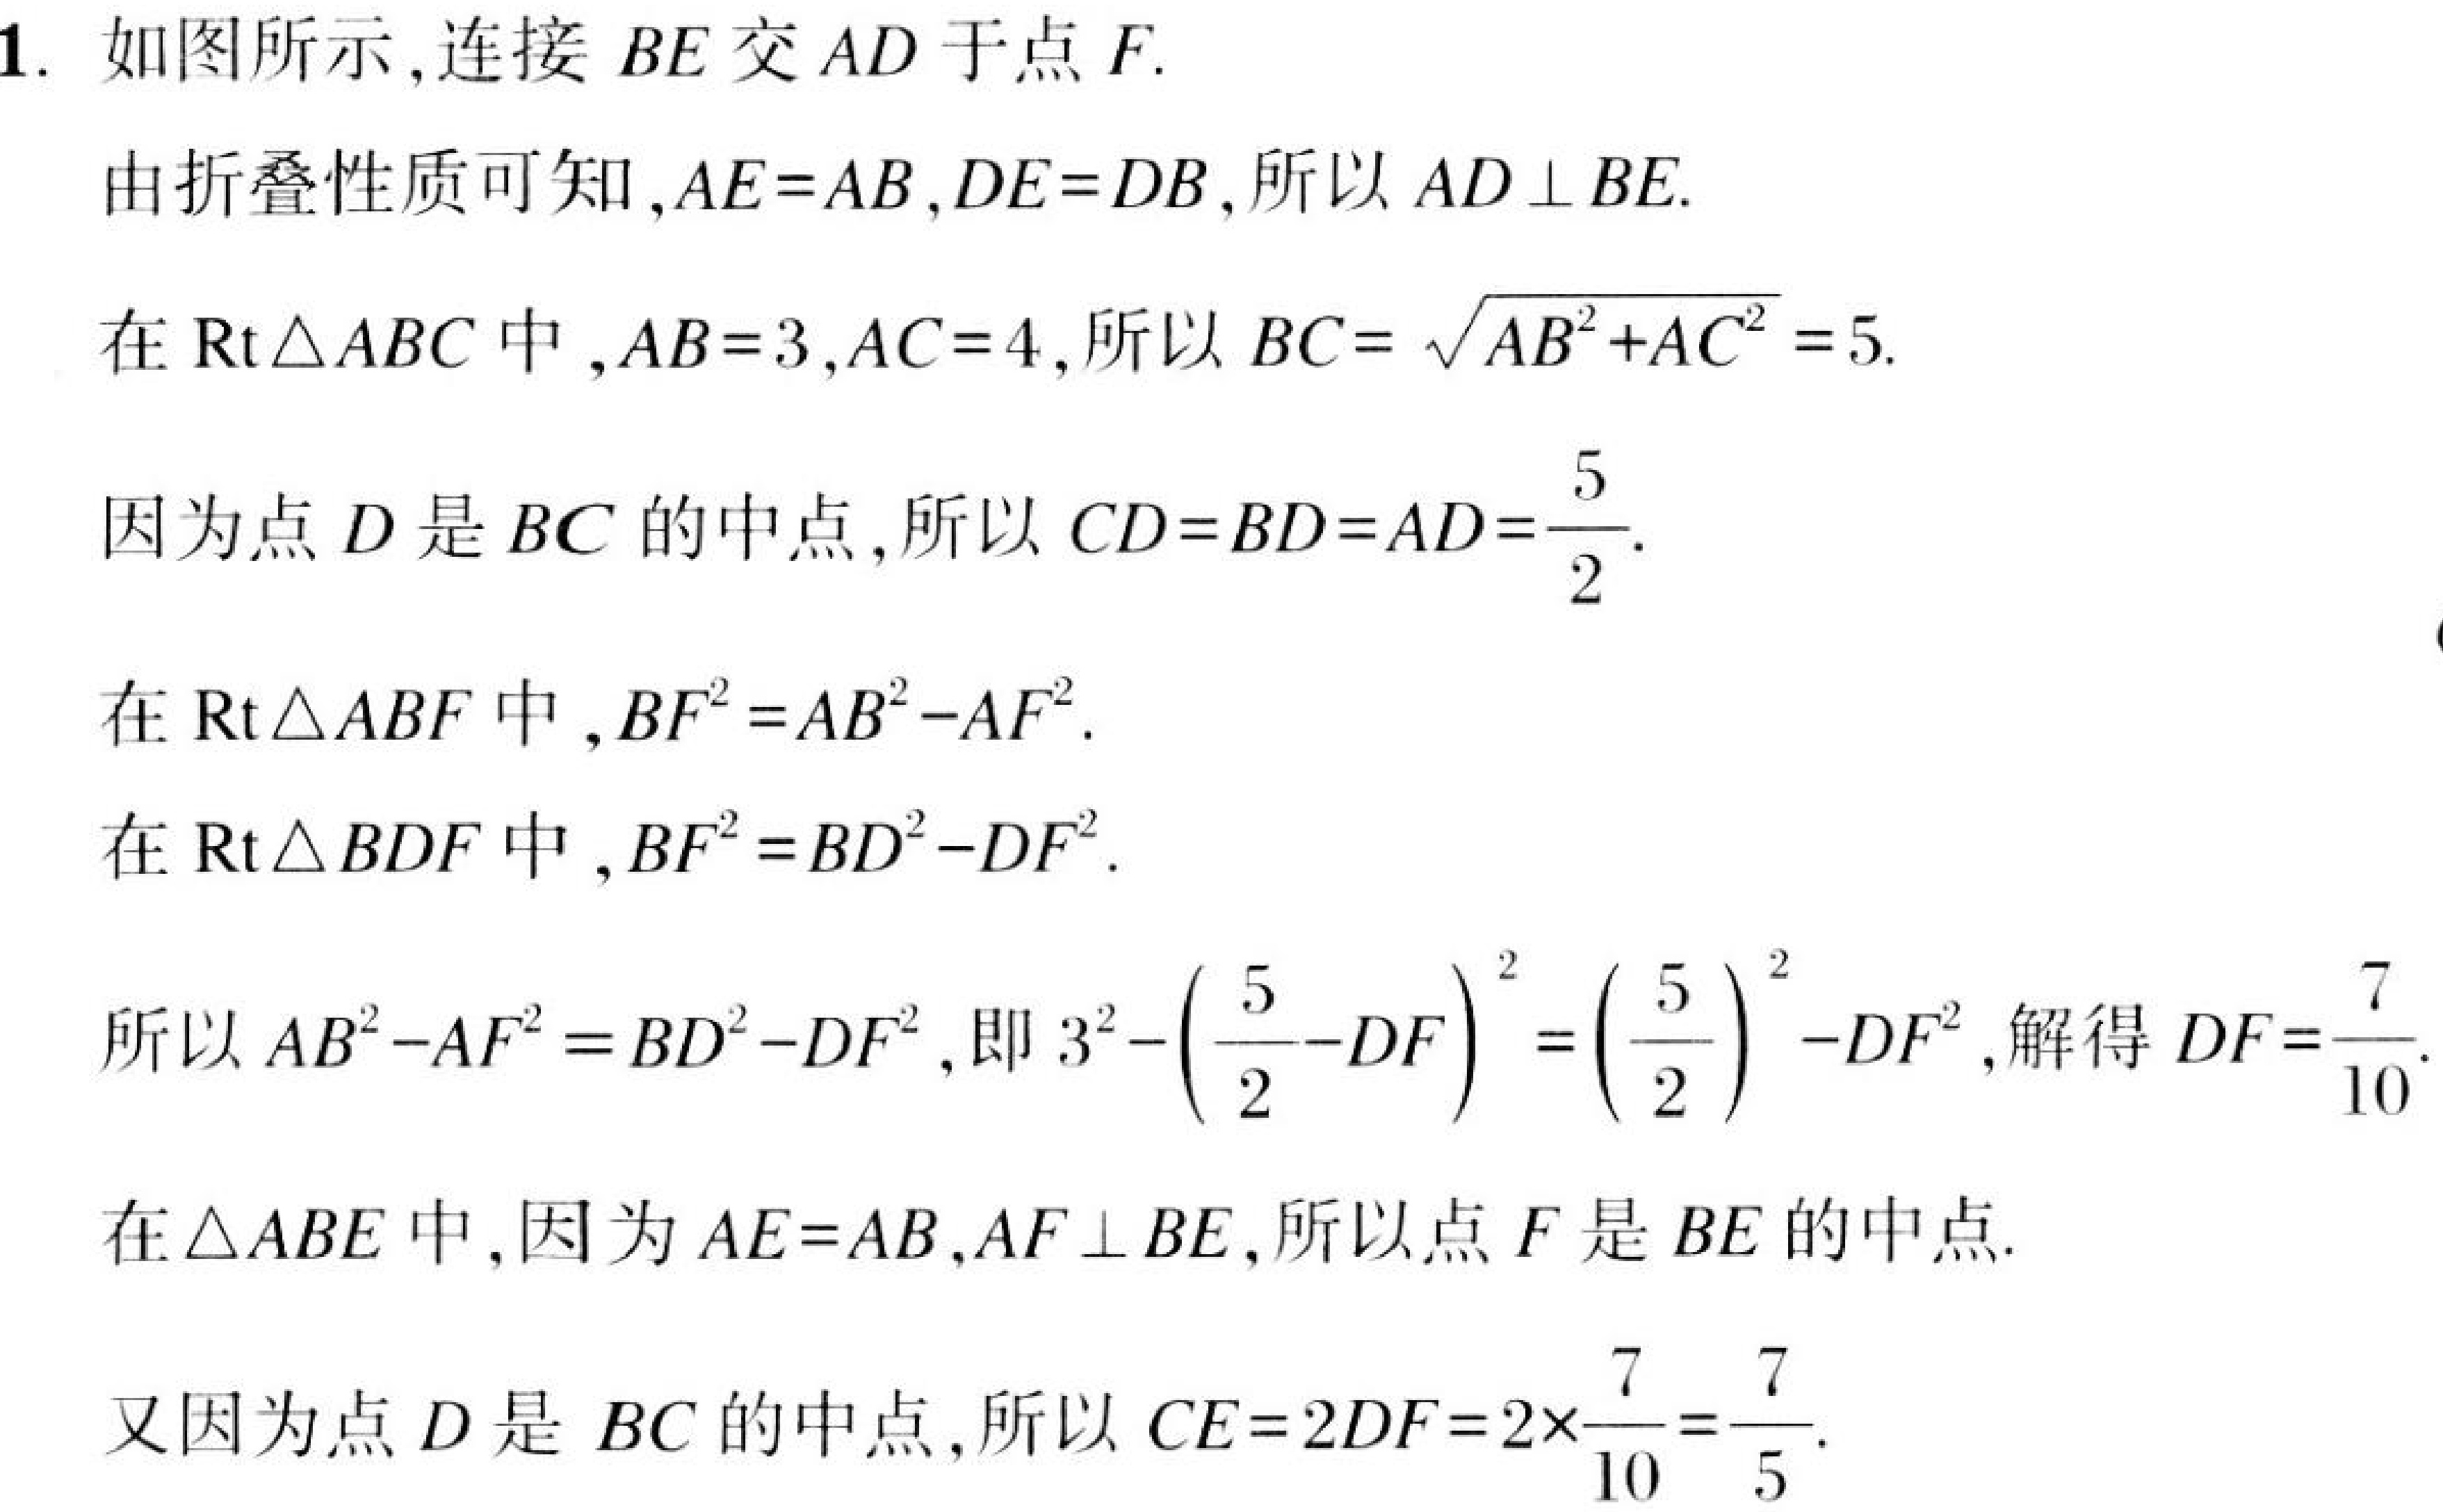
1. 如图所示,连接 \(BE\) 交 \(AD\) 于点 \(F\).
由折叠性质可知,\(AE = AB\),\(DE = DB\),所以 \(AD\perp BE\).
在 \(\text{Rt}\triangle ABC\) 中,\(AB = 3\),\(AC = 4\),所以 \(BC=\sqrt{AB^{2}+AC^{2}} = 5\).
因为点 \(D\) 是 \(BC\) 的中点,所以 \(CD = BD = AD=\frac{5}{2}\).
在 \(\text{Rt}\triangle ABF\) 中,\(BF^{2}=AB^{2}-AF^{2}\).
在 \(\text{Rt}\triangle BDF\) 中,\(BF^{2}=BD^{2}-DF^{2}\).
所以 \(AB^{2}-AF^{2}=BD^{2}-DF^{2}\),即 \(3^{2}-\left(\frac{5}{2}-DF\right)^{2}=\left(\frac{5}{2}\right)^{2}-DF^{2}\),解得 \(DF=\frac{7}{10}\).
在 \(\triangle ABE\) 中,因为 \(AE = AB\),\(AF\perp BE\),所以点 \(F\) 是 \(BE\) 的中点.
又因为点 \(D\) 是 \(BC\) 的中点,所以 \(CE = 2DF=2\times\frac{7}{10}=\frac{7}{5}\).